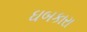
ઘબકારા